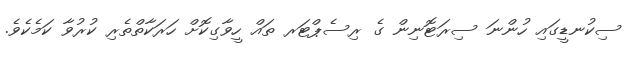
ސިކުނޑީގައި ހުންނަ ސިރަޓޮނިން ގެ ރިސެޕްޓަރ ތައް ހީވާގިކޮށް ހަރަކާތްތެރި ކުރުވާ ކަމެކެވެ.